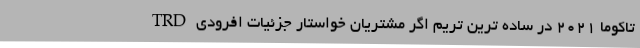
تاکوما 2021 در ساده ترین تریم اگر مشتریان خواستار جزئیات افرودی TRD